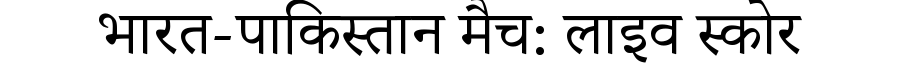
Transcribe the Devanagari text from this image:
भारत-पाकिस्तान मैच: लाइव स्कोर